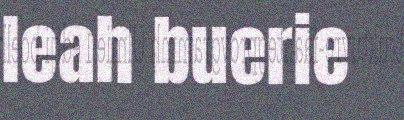
leah buerie